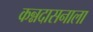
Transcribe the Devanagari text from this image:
कन्नदासनाला